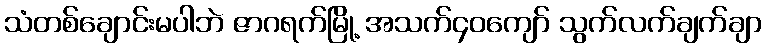
သံတစ်ချောင်းမပါဘဲ ဇာဂရက်မြို့ အသက်၄၀ကျော် သွက်လက်ချက်ချာ